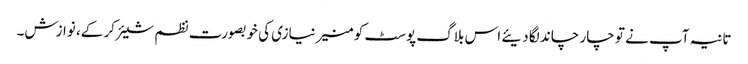
تانیہ آپ نے تو چار چاند لگا دیئے اس بلاگ پوسٹ کو منیر نیازی کی خوبصورت نظم شیئر کر کے، نوازش۔